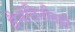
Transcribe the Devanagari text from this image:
दैनंदिनीतही